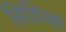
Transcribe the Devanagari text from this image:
हिडिम्‍बा